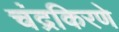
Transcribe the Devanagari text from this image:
चंद्रकिरणे